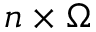
n \times \Omega